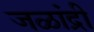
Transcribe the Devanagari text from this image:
जळांद्री